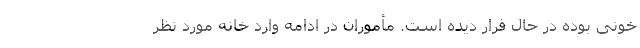
خونی بوده در حال فرار دیده است. مأموران در ادامه وارد خانه مورد نظر